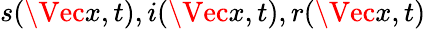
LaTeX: s(\Vec{x},t),i(\Vec{x},t),r(\Vec{x},t)